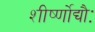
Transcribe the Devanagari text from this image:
शीर्ष्णोद्यौः